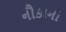
નૌકાની